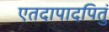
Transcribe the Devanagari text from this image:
एतदापादपितुं